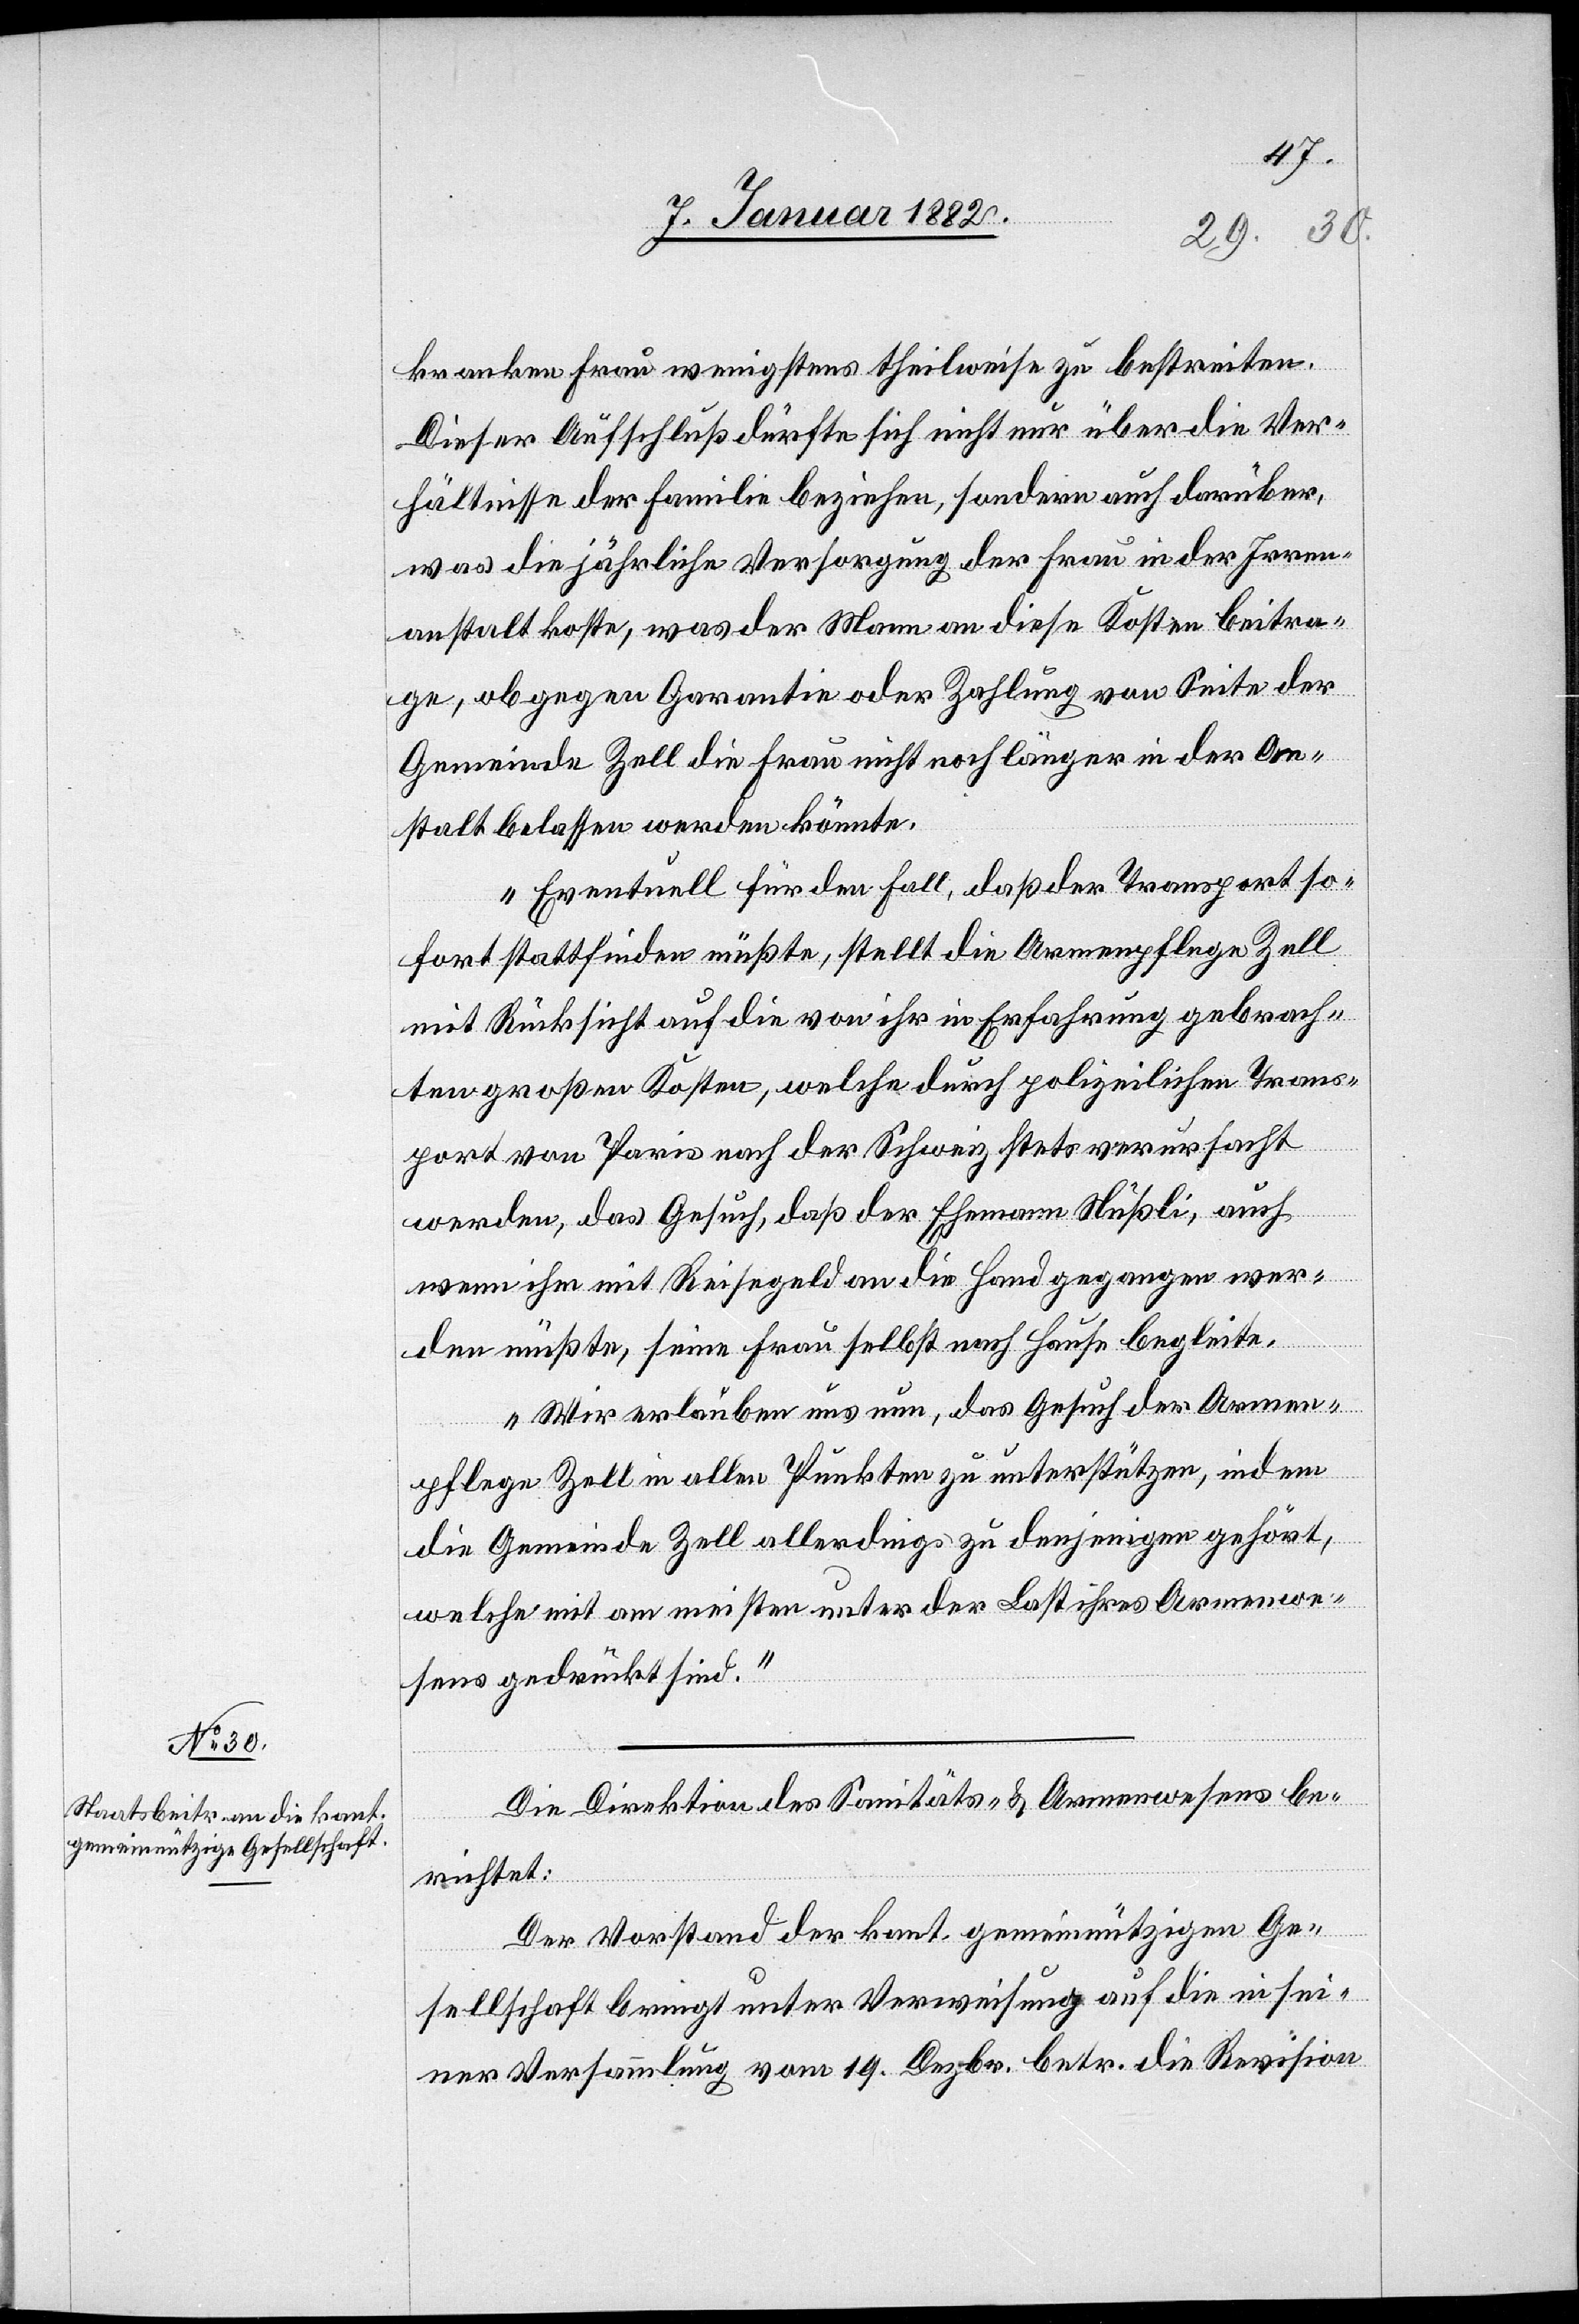
kranken Frau wenigstens theilweise zu bestreiten.
Dieser Aufschluß dürfte sich nicht nur über die Ver¬
hältnisse der Familie beziehen, sondern auch darüber,
was die jährliche Versorgung der Frau in der Irren¬
anstalt koste, was der Mann an diese Kosten beitra¬
ge, ob gegen Garantie oder Zahlung von Seite der
Gemeinde Zell die Frau nicht noch länger in der An¬
stalt belassen werden könnte.
Eventuell für den Fall, daß der Transport so¬
fort stattfinden müßte, stellt die Armenpflege Zell
mit Rücksicht auf die von ihr in Erfahrung gebrach¬
ten großen Kosten, welche durch polizeilichen Trans¬
port von Paris nach der Schweiz stets verursacht
werden, das Gesuch, daß der Ehemann Nüßli, auch
wenn ihm mit Reisegeld an die Hand gegangen wer¬
de müßte, seine Frau selbst nach Hause begleite.
Wir erlauben uns nun, das Gesuch der Armen¬
pflege Zell in allen Punkten zu unterstützen, indem
die Gemeinde Zell allerdings zu denjenigen gehört,
welche mit am meisten unter der Last ihres Armenwe¬
sens gedrückt sind.“
Die Direktion des Sanitäts- & Armenwesens be¬
richtet:
Der Vorstand der kant. gemeinnützigen Ge¬
sellschaft bringt unter Verweisung auf die in sei¬
ner Versammlung vom 19. Dezbr. betr. die Revision